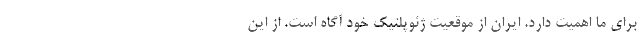
برای ما اهمیت دارد. ایران از موقعیت ژئوپلتیک خود آگاه است. از این